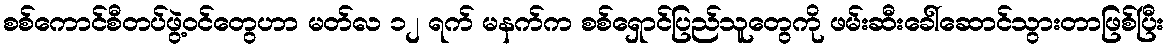
စစ်ကောင်စီတပ်ဖွဲ့ဝင်တွေဟာ မတ်လ ၁၂ ရက် မနက်က စစ်ရှောင်ပြည်သူတွေကို ဖမ်းဆီးခေါ်ဆောင်သွားတာဖြစ်ပြီး